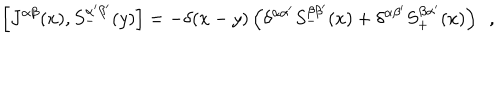
\left[ J ^ { \alpha \beta } ( x ) , S _ { - } ^ { \alpha ^ { \prime } \beta ^ { \prime } } ( y ) \right] = - \delta ( x - y ) \left( \delta ^ { \alpha \alpha ^ { \prime } } S _ { - } ^ { \beta \beta ^ { \prime } } ( x ) + \delta ^ { \alpha \beta ^ { \prime } } S _ { + } ^ { \beta \alpha ^ { \prime } } ( x ) \right) ~ ~ ,